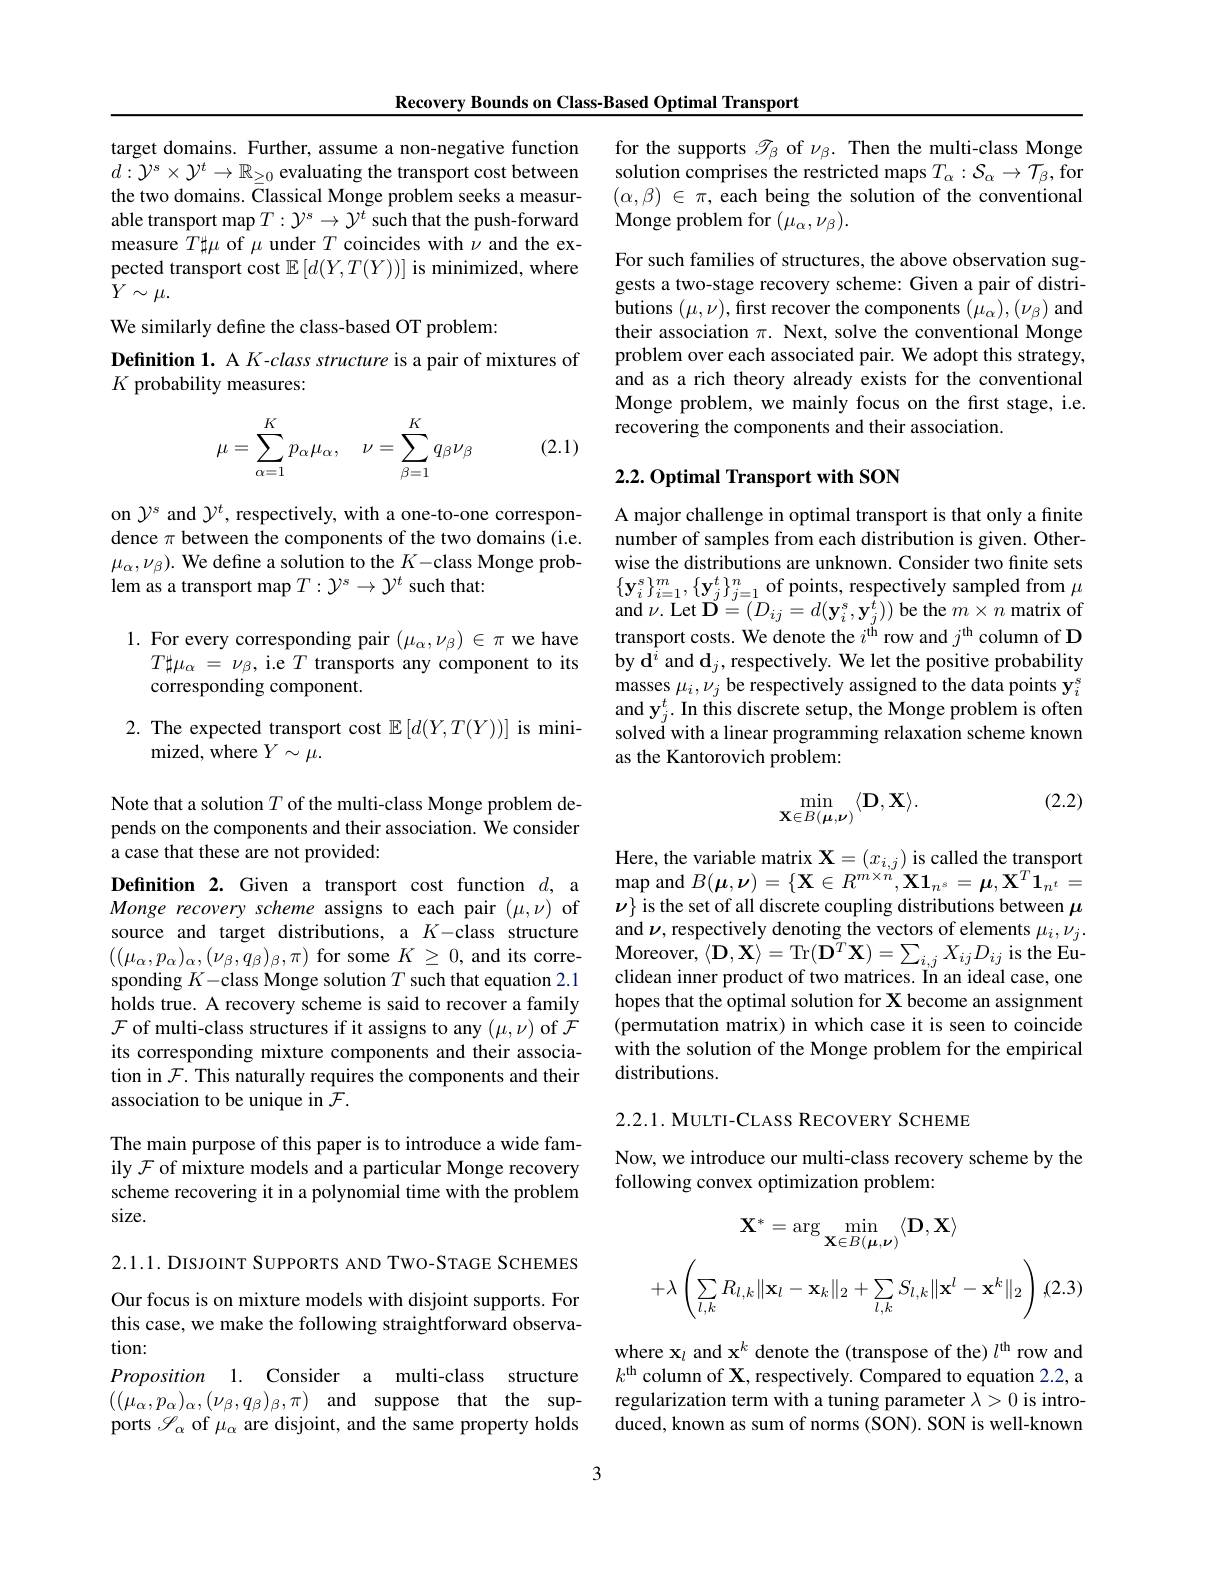
Recovery Bounds on Class-Based Optimal Transport

target domains. Further, assume a non-negative function $d:\mathcal{Y}^{s}\times\mathcal{Y}^{t}\to\mathbb{R}_{\geq0}$ evaluating the transport cost between the two domains. Classical Monge problem seeks a measurable transport map $T:\mathcal{Y}^\mathrm{s}\to\mathcal{Y}^t$ such that the push-forward measure $T\sharp\mu$ of $\mu$ under $T$ coincides with $\nu$ and the expected transport cost $\mathbb{E}\left[d(Y,T(Y))\right]$ is minimized, where $Y\sim\mu.$
We similarly define the class-based OT problem:
Definition 1. A K-class structure is a pair of mixtures of
$K$ probability measures:

(2.1)
$$\begin{aligned}\mu=\sum_{\alpha=1}^Kp_\alpha\mu_\alpha,\quad\nu=\sum_{\beta=1}^Kq_\beta\nu_\beta\end{aligned}$$
on $\mathcal{Y}^s$ and $\mathcal{Y}^t$, respectively, with a one-to-one correspondence $\pi$ between the components of the two domains (i.e. $\mu_{\alpha},\nu_{\beta}).$ We define a solution to the $K-$class Monge problem as a transport map $T:\mathcal{Y}^s\to\mathcal{Y}^t$ such that:

1. For every corresponding pair $(\mu_\alpha,\nu_\beta)\in\pi$ we have
$T\sharp \mu _{\alpha }$ = $\nu _{\beta }$, i.e $T$ transports any component to its
corresponding component.

2. The expected transport cost $\mathbb{E}\left[d(Y,T(Y))\right]$ is mini-
mized, where $Y\sim\mu.$

Note that a solution $T$ of the multi-class Monge problem depends on the components and their association. We consider a case that these are not provided:

Definition 2. Given a transport cost function $d$, a Monge recovery scheme assigns to each pair $(\mu,\nu)$ of source and target distributions, a $K-$class structure $((\mu_{\alpha},p_{\alpha})_{\alpha},(\nu_{\beta},q_{\beta})_{\beta},\pi)$ for some $K\geq0$, and its corresponding $K-$class Monge solution $T$ such that equation 2.1 holds true. A recovery scheme is said to recover a family $\mathcal{F}$ of multi-class structures if it assigns to any $(\mu,\nu)$ of $\tilde{\mathcal{F}}$ its corresponding mixture components and their association in $\mathcal{F}.$ This naturally requires the components and their association to be unique in $\mathcal{F}.$

The main purpose of this paper is to introduce a wide family $\mathcal{F}$ of mixture models and a particular Monge recovery scheme recovering it in a polynomial time with the problem size.

2.1.1. DISJOINT SUPPORTS AND TWO-STAGE SCHEMES Our focus is on mixture models with disjoint supports. For this case, we make the following straightforward observation:
Proposition 1. Consider a multi-class structure $( ( \mu _{\alpha }, p_{\alpha }) _{\alpha }, ( \nu _{\beta }, q_{\beta }) _{\beta }, \pi )$ and suppose thatthe supports $\mathscr{S}_\alpha$ of $\mu_\alpha$ are disjoint, and the same property holds

for the supports $\mathscr{T}_\beta$ of $\nu_\beta.$ Then the multi-class Monge solution comprises the restricted maps $T_\alpha:\mathcal{S}_\alpha\to\mathcal{T}_\beta$, for $(\alpha,\beta)\in\pi$,each being the solution of the conventional Monge problem for $(\mu_\alpha,\nu_\beta).$

For such families of structures, the above observation suggests a two-stage recovery scheme: Given a pair of distributions $(\mu,\nu)$,first recover the components $(\mu_\alpha),(\nu_\beta)$ and their association $\pi.$ Next, solve the conventional Monge problem over each associated pair. We adopt this strategy, and as a rich theory already exists for the conventional Monge problem, we mainly focus on the first stage, i.e. recovering the components and their association.

## 2.2. Optimal Transport with SON

A major challenge in optimal transport is that only a finite number of samples from each distribution is given. Otherwise the distributions are unknown. Consider two finite sets $\{\mathbf{y}_{i}^{s}\}_{i=1}^{m},\{\mathbf{y}_{j}^{t}\}_{j=1}^{n}$of points, respectively sampled from $\mu$ and $\nu.$ Let $\mathbf{D}^{^{\prime}}=(D_{ij}=d(\mathbf{y}_{i}^{s},\mathbf{y}_{j}^{t}))$ be the $m\times n$ matrix of transport costs. We denote the $i^\mathrm{th}$ row and $j^\mathrm{th}$ column of D by d$^i$ and $\mathbf{d}_j$,respectively. We let the positive probability masses $\mu_i,\nu_j$ be respectively assigned to the data points y$_i^s$ and $\mathbf{y} _j^t. \textbf{In this discrete setup, the Monge problem is often}$ solved with a linear programming relaxation scheme known as the Kantorovich problem:

(2.2)
$$\min_{\mathbf{X}\in B(\boldsymbol{\mu},\boldsymbol{\nu})}\langle\mathbf{D},\mathbf{X}\rangle.$$
Here, the variable matrix $\mathbf{X}=(x_{i,j})$ is called the transport $\operatorname*{map}$ and $B(\boldsymbol\mu,\boldsymbol\nu)=\{\mathbf{X}\in R^{m\times n},\mathbf{X}\mathbf{1}_{n^s}=\boldsymbol{\mu},\mathbf{X}^T\mathbf{1}_{n^t}=$ $\nu\}$ is the set of all discrete coupling distributions between $\mu$ and $\nu$, respectively denoting the vectors of elements $\mu_i,\nu_j.$ Moreover, $\langle \mathbf{D} , \mathbf{X} \rangle =$Tr$(\mathbf{D}^{T}\mathbf{X})=\sum_{i,j}X_{ij}D_{ij}$is the Euclidean inner product of two matrices. In an ideal case, one hopes that the optimal solution for X become an assignment (permutation matrix) in which case it is seen to coincide with the solution of the Monge problem for the empirical distributions.

$2. 2. 1. \textbf{MULTI- CLASS RECOVERY SCHEME}$

Now, we introduce our multi-class recovery scheme by the
following convex optimization problem:
$$\mathbf{X}^{*}=\arg\min_{\mathbf{X}\in B(\boldsymbol{\mu},\boldsymbol{\nu})}\langle\mathbf{D},\mathbf{X}\rangle\\+\lambda\left(\sum_{l,k}R_{l,k}\|\mathbf{x}_{l}-\mathbf{x}_{k}\|_{2}+\sum_{l,k}S_{l,k}\|\mathbf{x}^{l}-\mathbf{x}^{k}\|_{2}\right),(2.3)$$
where $\mathbf{x}_l$ and $\mathbf{x}^k$ denote the (transpose of the) $l^\mathrm{th}$ row and $k^\mathrm{th}$ column of X, respectively. Compared to equation 2.2, a regularization term with a tuning parameter $\lambda>0$ is introduced, known as sum of norms (SON). SON is well-known

3